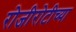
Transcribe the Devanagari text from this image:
रोजीरोटीच्या